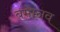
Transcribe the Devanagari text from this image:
बमानव